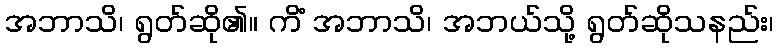
အဘာသိ၊ ရွတ်ဆို၏။ ကိံ အဘာသိ၊ အဘယ်သို့ ရွတ်ဆိုသနည်း၊